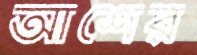
আশের